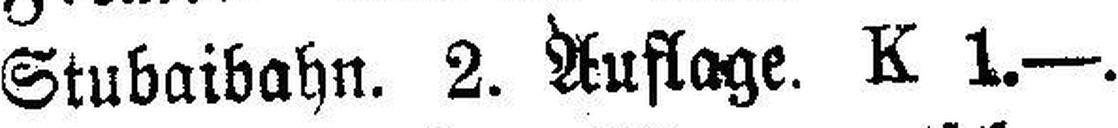
Stubaibahn. 2. Auflage. K 1.—.